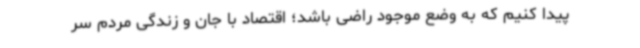
پیدا کنیم که به وضع موجود راضی باشد؛ اقتصاد با جان و زندگی مردم سر